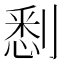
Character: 𠞹